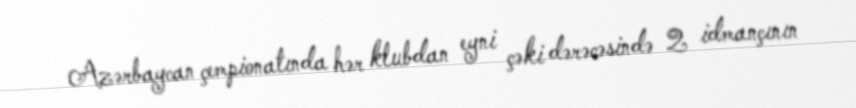
Azərbaycan çempionatında hər klubdan eyni çəki dərəcəsində 2 idmançının